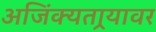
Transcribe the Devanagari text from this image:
अजिंक्यतार्‍यावर